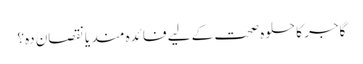
گاجر کا حلوہ صحت کے لیے فائدہ مند یا نقصان دہ؟